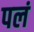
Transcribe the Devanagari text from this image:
पलं